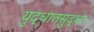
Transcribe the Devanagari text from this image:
युद्धातसुद्धा